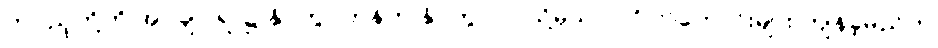
တပည့်တို့ကို အုပ်ချုပ်ရာ၌ နှိပ်ကွပ်တန်က နှိပ်ကွပ်ပါ၊ သို့မှသာ ပုဂ္ဂိုလ်ကောင်းများ ကျန်ခဲ့မည်ဟု